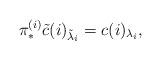
LaTeX: \begin{align*} \pi^{(i)}_*\tilde{c}(i)_{\tilde\lambda_i} = c(i)_{\lambda_i},\end{align*}